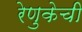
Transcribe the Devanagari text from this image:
रेणुकेची